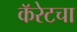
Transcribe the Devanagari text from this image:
कॅरेटचा